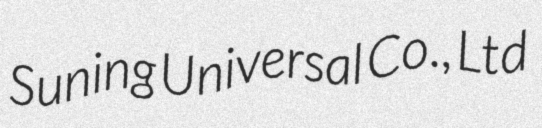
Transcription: Suning Universal Co., Ltd